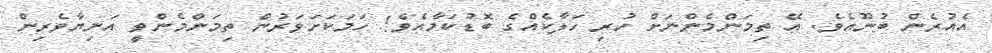
އެއުރެން ބުނޫއެވެ. އޭ ތިމަންމެންނަށް ހުރި ހަލާކެއްގެ ބޮޑުކަމާއެވެ! ހަމަކަށަވަރުން ތިމަންމެންވީ އަނިޔާވެރިން